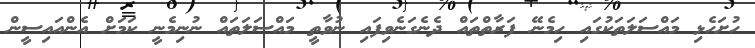
ހުށަހެޅި މައްސަލަތަކުގައި ހިމެނޭ ފަރާތްތައް ދެނެގަނެވިފައި ނުވާތީ މައްސަލަތައް ނުނިމެނީ ކަމަށް އެންއައިސީން